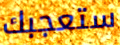
ستعجبك